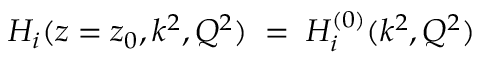
H _ { i } ( z = z _ { 0 } , k ^ { 2 } , Q ^ { 2 } ) \; = \; H _ { i } ^ { ( 0 ) } ( k ^ { 2 } , Q ^ { 2 } )